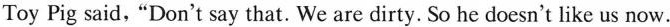
Toy Pig said,"Don't say that. We are dirty. So he doesn't like us now.